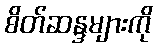
စိတ်ဆန္ဒများကို